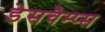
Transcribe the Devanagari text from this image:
डेसचैम्प्स